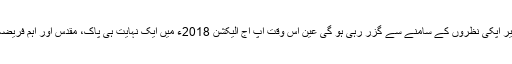
اب آتے ہیں آج کے کالم کی طرف تو دوستو آج جس وقت میری یہ تحریر آپکی نظروں کے سامنے سے گزر رہی ہو گی عین اْس وقت آپ آج الیکشن 2018ء میں ایک نہایت ہی پاک، مقدس اور اہم فریضہ کی انجام دہی کیلیئے پولنگ اسٹیشنوں کی طرف رْخ کر رہے ہونگے۔